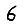
Digit: 6